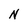
Character: N